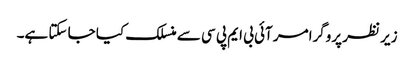
زیر نظر پروگرامر آئی بی ایم پی سی سے منسلک کیا جا سکتا ہے۔